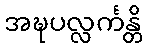
အဍ္ဎပလ္လင်္ကန္တိ